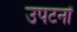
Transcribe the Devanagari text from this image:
उपटनों